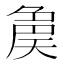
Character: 𡙝